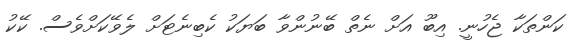
ކަންތަކާ ޖެހުނީ. އިބޫ އަށް ނެތް ބޭނުންވާ ބަޔަކު ކެބިނެޓަށް ލެވޭކަށްވެސް. ކޭކު